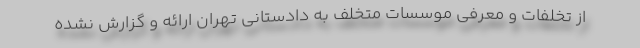
از تخلفات و معرفی موسسات متخلف به دادستانی تهران ارائه و گزارش نشده